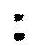
: